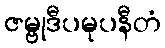
ဇမ္ဗုဒီပမုပနီတံ